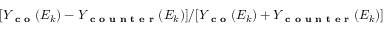
[ Y _ { \textbf { c o } } ( E _ { k } ) - Y _ { \textbf { c o u n t e r } } ( E _ { k } ) ] / [ Y _ { \textbf { c o } } ( E _ { k } ) + Y _ { \textbf { c o u n t e r } } ( E _ { k } ) ]